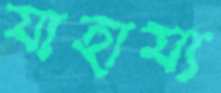
যাহায্য